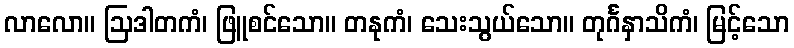
လာလော။ ဩဒါတကံ၊ ဖြူစင်သော။ တနုကံ၊ သေးသွယ်သော။ တုင်္ဂနှာသိကံ၊ မြင့်သော